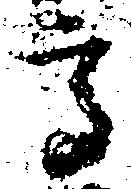
高